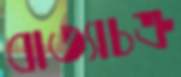
বাত্যাচক্র